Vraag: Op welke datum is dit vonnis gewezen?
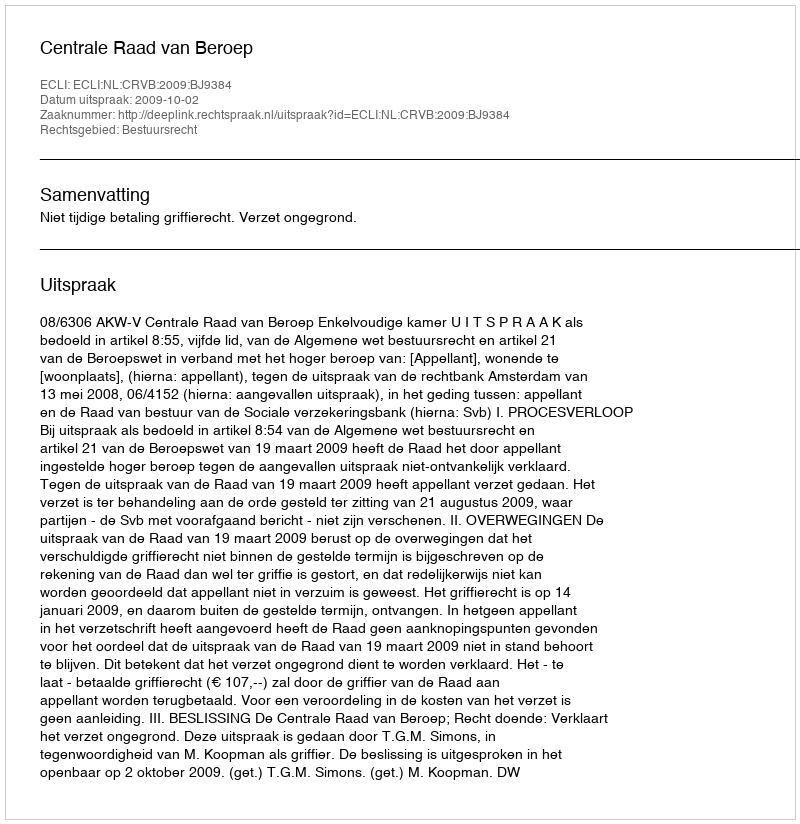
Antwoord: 2009-10-02